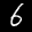
Label: 6